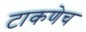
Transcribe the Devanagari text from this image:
टाकणेच